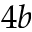
4 b